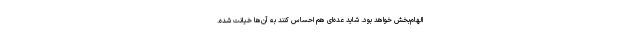
الهام‌بخش خواهد بود. شاید عده‌ای هم احساس کنند به آن‌ها خیانت شده.